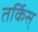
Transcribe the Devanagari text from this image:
तर्किस्